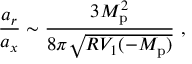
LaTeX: \frac { a _ { r } } { a _ { x } } \sim \frac { 3 M _ { \mathrm { p } } ^ { 2 } } { 8 \pi \sqrt { R V _ { 1 } ( - M _ { \mathrm { p } } ) } } \ ,